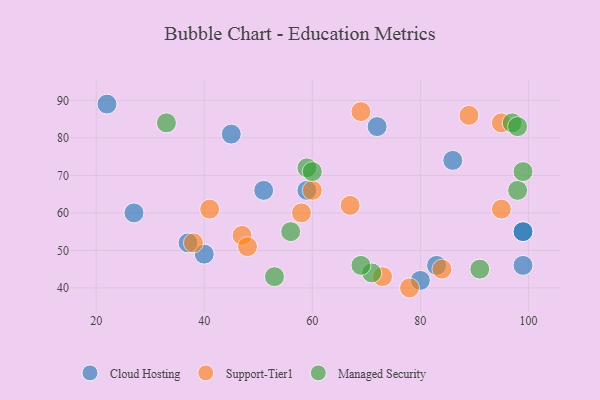
{"axis": {"x": "GDP", "y": "Life Expectancy"}, "legend": ["Cloud Hosting", "Managed Security", "Support-Tier1"], "data": [{"x": "27", "y": 60, "type": "Cloud Hosting"}, {"x": "99", "y": 46, "type": "Cloud Hosting"}, {"x": "40", "y": 49, "type": "Cloud Hosting"}, {"x": "80", "y": 42, "type": "Cloud Hosting"}, {"x": "72", "y": 83, "type": "Cloud Hosting"}, {"x": "37", "y": 52, "type": "Cloud Hosting"}, {"x": "59", "y": 66, "type": "Cloud Hosting"}, {"x": "99", "y": 55, "type": "Cloud Hosting"}, {"x": "51", "y": 66, "type": "Cloud Hosting"}, {"x": "83", "y": 46, "type": "Cloud Hosting"}, {"x": "86", "y": 74, "type": "Cloud Hosting"}, {"x": "99", "y": 55, "type": "Cloud Hosting"}, {"x": "22", "y": 89, "type": "Cloud Hosting"}, {"x": "45", "y": 81, "type": "Cloud Hosting"}, {"x": "47", "y": 54, "type": "Support-Tier1"}, {"x": "69", "y": 87, "type": "Support-Tier1"}, {"x": "95", "y": 61, "type": "Support-Tier1"}, {"x": "38", "y": 52, "type": "Support-Tier1"}, {"x": "41", "y": 61, "type": "Support-Tier1"}, {"x": "60", "y": 66, "type": "Support-Tier1"}, {"x": "78", "y": 40, "type": "Support-Tier1"}, {"x": "95", "y": 84, "type": "Support-Tier1"}, {"x": "48", "y": 51, "type": "Support-Tier1"}, {"x": "58", "y": 60, "type": "Support-Tier1"}, {"x": "73", "y": 43, "type": "Support-Tier1"}, {"x": "67", "y": 62, "type": "Support-Tier1"}, {"x": "89", "y": 86, "type": "Support-Tier1"}, {"x": "84", "y": 45, "type": "Support-Tier1"}, {"x": "71", "y": 44, "type": "Managed Security"}, {"x": "59", "y": 72, "type": "Managed Security"}, {"x": "33", "y": 84, "type": "Managed Security"}, {"x": "53", "y": 43, "type": "Managed Security"}, {"x": "91", "y": 45, "type": "Managed Security"}, {"x": "98", "y": 66, "type": "Managed Security"}, {"x": "97", "y": 84, "type": "Managed Security"}, {"x": "56", "y": 55, "type": "Managed Security"}, {"x": "69", "y": 46, "type": "Managed Security"}, {"x": "99", "y": 71, "type": "Managed Security"}, {"x": "60", "y": 71, "type": "Managed Security"}, {"x": "98", "y": 83, "type": "Managed Security"}]}